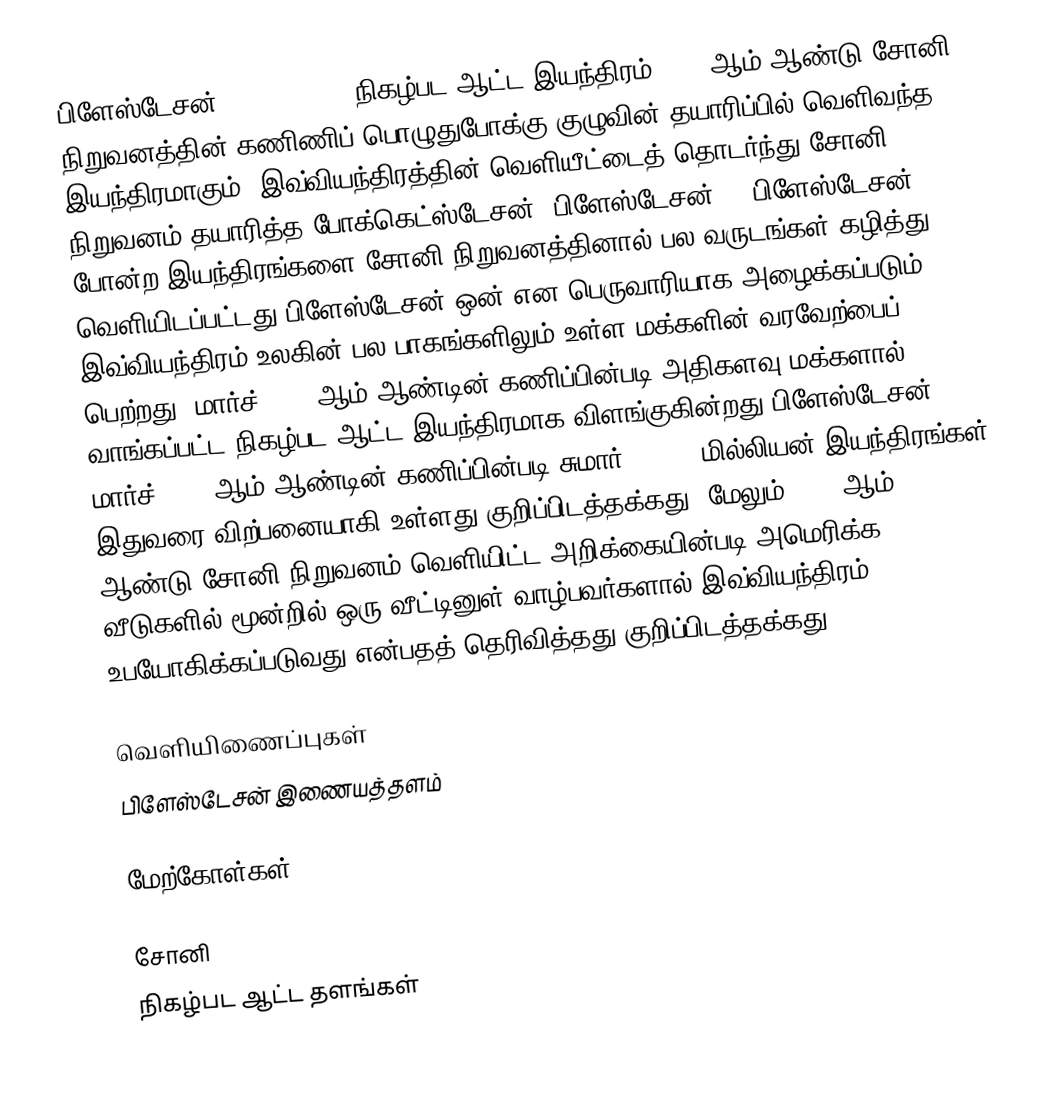
பிளேஸ்டேசன் (Playstation)நிகழ்பட ஆட்ட இயந்திரம் 1990 ஆம் ஆண்டு சோனி நிறுவனத்தின் கணிணிப் பொழுதுபோக்கு குழுவின் தயாரிப்பில் வெளிவந்த இயந்திரமாகும். இவ்வியந்திரத்தின் வெளியீட்டைத் தொடர்ந்து சோனி நிறுவனம் தயாரித்த போக்கெட்ஸ்டேசன், பிளேஸ்டேசன் 2, பிளேஸ்டேசன் 3 போன்ற இயந்திரங்களை சோனி நிறுவனத்தினால் பல வருடங்கள் கழித்து வெளியிடப்பட்டது.பிளேஸ்டேசன் ஒன் என பெருவாரியாக அழைக்கப்படும் இவ்வியந்திரம் உலகின் பல பாகங்களிலும் உள்ள மக்களின் வரவேற்பைப் பெற்றது. மார்ச் 2005 ஆம் ஆண்டின் கணிப்பின்படி அதிகளவு மக்களால் வாங்கப்பட்ட நிகழ்பட ஆட்ட இயந்திரமாக விளங்குகின்றது பிளேஸ்டேசன். மார்ச்,2005 ஆம் ஆண்டின் கணிப்பின்படி சுமார் 100.49 மில்லியன் இயந்திரங்கள் இதுவரை விற்பனையாகி உள்ளது குறிப்பிடத்தக்கது. மேலும் 2001 ஆம் ஆண்டு சோனி நிறுவனம் வெளியிட்ட அறிக்கையின்படி அமெரிக்க வீடுகளில் மூன்றில் ஒரு வீட்டினுள் வாழ்பவர்களால் இவ்வியந்திரம் உபயோகிக்கப்படுவது என்பதத் தெரிவித்தது குறிப்பிடத்தக்கது.

வெளியிணைப்புகள்
 பிளேஸ்டேசன் இணையத்தளம்

மேற்கோள்கள்

சோனி
நிகழ்பட ஆட்ட தளங்கள்